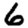
Digit: 6